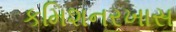
કમિશનરખાસ